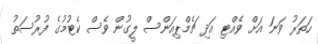
ހަތަރު ވަނަ އަށް ވެއްޓި އަދި ޗެމްޕިއަންސް ލީގުން ވެސް ކެޓުމުގެ ފުރުސަތު